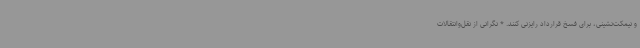
و نیمکت‌نشینی، برای فسخ قرارداد رایزنی کنند. * نگرانی از نقل‌وانتقالات